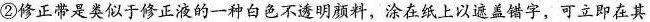
②修正带是类似于修正液的一种白色不透明颜料，涂在纸上以遮盖错字，可立即在其